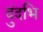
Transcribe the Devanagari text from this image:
दुंदभि